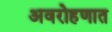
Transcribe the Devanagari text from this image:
अवरोहणात